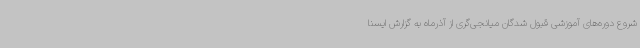
شروع دوره‌های آموزشی قبول شدگان میانجی‌گری از آذرماه به گزارش ایسنا